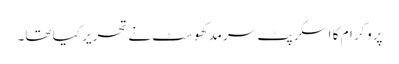
پروگرام کا اسکرپٹ سرمد کھوسٹ نے تحریر کیا تھا۔